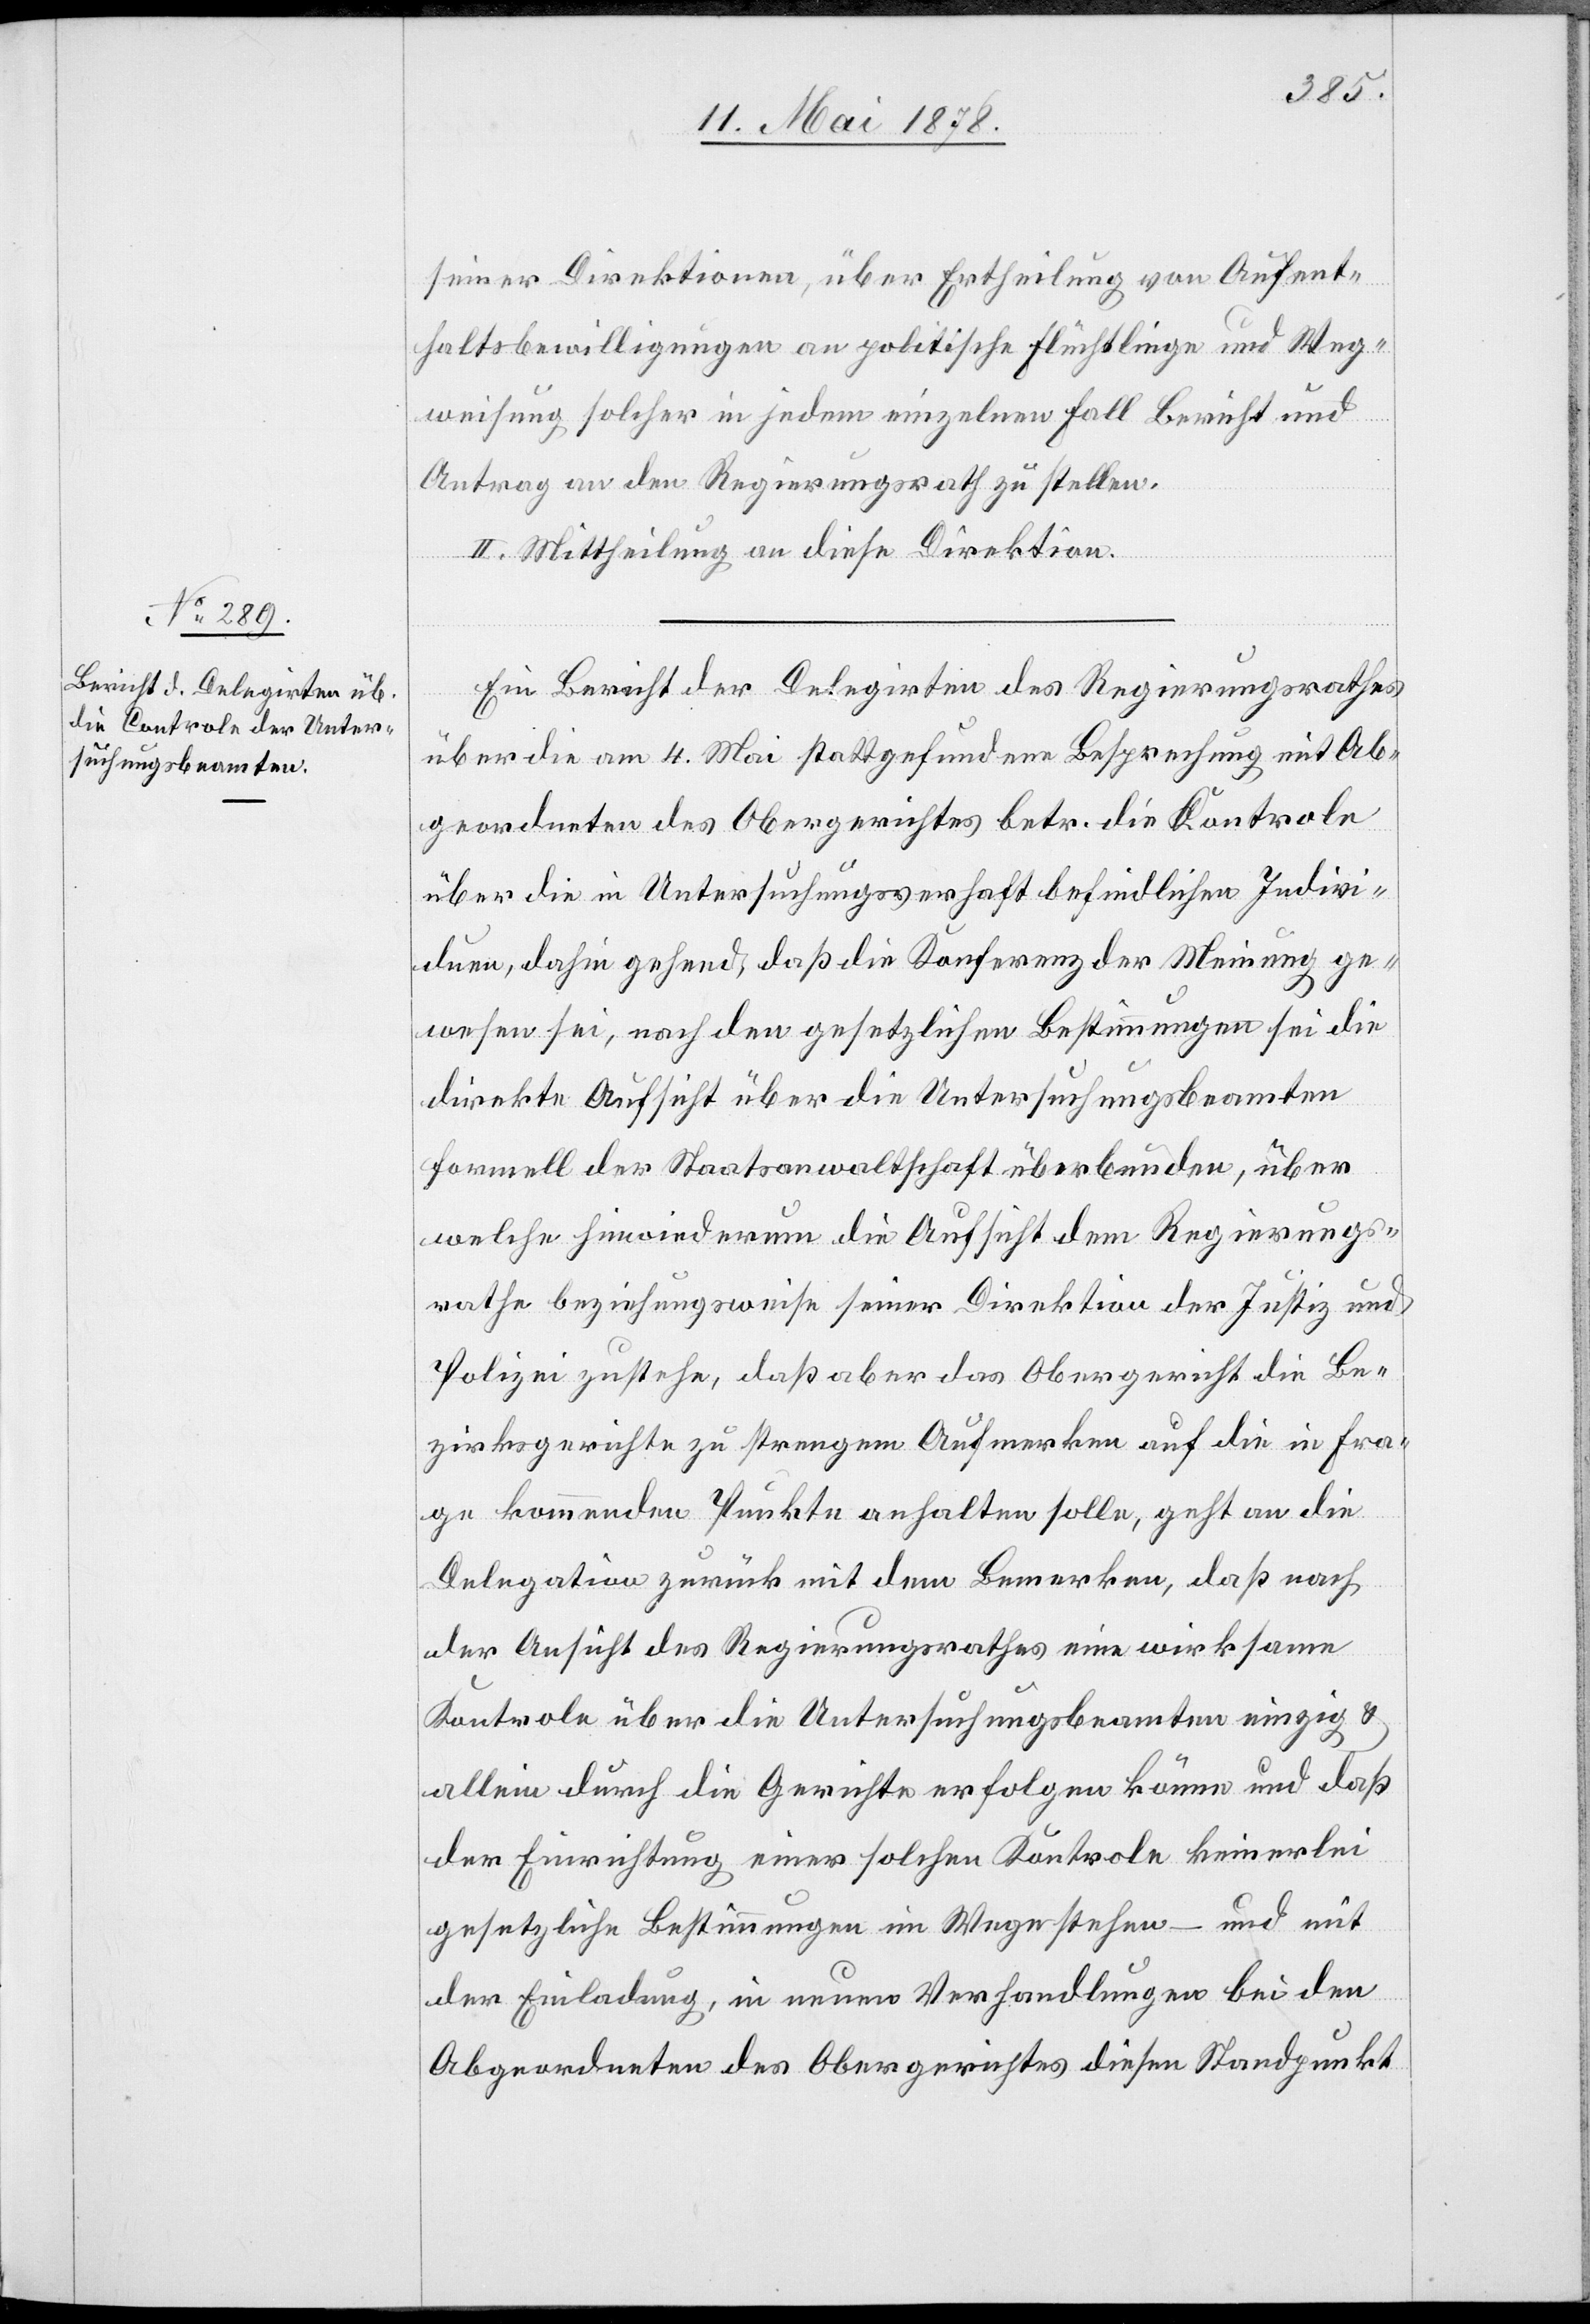
seiner Direktionen, über Ertheilung von Aufent¬
haltsbewilligungen an politische Flüchtlinge und Weg¬
weisung solcher in jedem einzelnen Fall Bericht und
Antrag an den Regierungsrath zu stellen.
II. Mittheilung an diese Direktion.
Ein Bericht der Delegirten des Regierungsrathes
über die am 4. Mai stattgefundene Besprechung mit Ab¬
geordneten des Obergerichtes betr. die Kontrole
über die in Untersuchungsverhaft befindlichen Indivi¬
duen, dahin gehend, daß die Konferenz der Meinung ge¬
wesen sei, nach den gesetzlichen Bestimmungen sei die
direkte Aufsicht über die Untersuchungsbeamten
formell der Staatsanwaltschaft überbunden, über
welche hiewiederum die Aufsicht dem Regierungs¬
rathe beziehungsweise seiner Direktion der Justiz und
Polizei zustehe, daß aber das Obergericht die Be¬
zirksgerichte zu strengem Aufmerken auf die in Fra¬
ge kommenden Punkte anhalten solle, geht an die
Delegation zurück mit dem Bemerken, daß nach
der Ansicht des Regierungsrathes eine wirksame
Kontrole über die Untersuchungsbeamten einzig &
allein durch die Gerichte erfolgen könne und daß
der Einrichtung einer solchen Kontrole keinerlei
gesetzliche Bestimmungen im Wege stehen – und mit
der Einladung, in neuen Verhandlungen bei den
Abgeordenten des Obergerichtes diesen Standpunkt